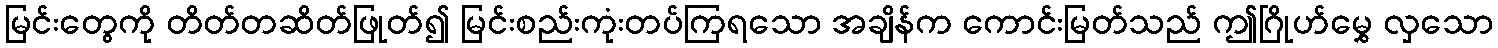
မြင်းတွေကို တိတ်တဆိတ်ဖြုတ်၍ မြင်းစည်းကုံးတပ်ကြရသော အချိန်က ကောင်းမြတ်သည် ဤဂြိုဟ်မွှေ လှသော